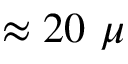
\approx 2 0 ~ \mu